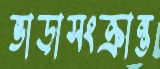
ভাড়াসংক্রান্ত